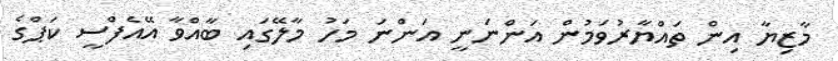
މާޒިޔާ އިން ތައްޔާރުވަމުން އަންނަނީ އަންނަ މަހު މާލޭގައި ބާއްވާ އޭއެފްސީ ކަޕްގެ